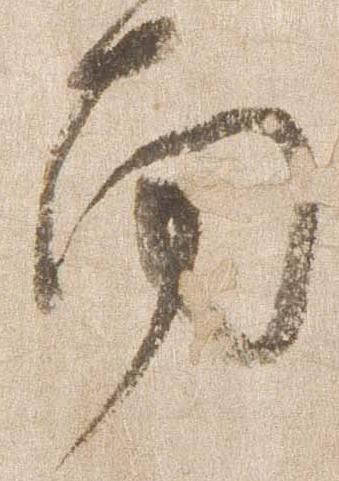
南